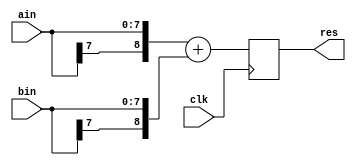
module sadd(clk, ain, bin, res);

parameter IN_WIDTH = 8;
parameter PIPE_DEPTH=1;

input clk;
input [IN_WIDTH-1:0] ain;
input [IN_WIDTH-1:0] bin;

output [IN_WIDTH:0] res;

wire clk;
wire [IN_WIDTH-1:0] ain;
wire [IN_WIDTH-1:0] bin;

reg [IN_WIDTH:0] res;

always @(posedge clk)
  res <= {ain[IN_WIDTH-1], ain} + {bin[IN_WIDTH-1], bin};

endmodule